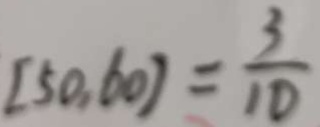
[ 5 0 , 6 0 ] = \frac { 3 } { 1 0 }